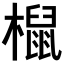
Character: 𣜌